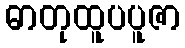
ဓာတုထူပပူဇာ